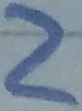
Text: 2